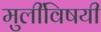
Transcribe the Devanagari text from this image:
मुलींविषयी